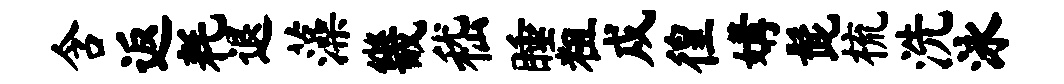
含返耗退藻畿嵇睡粗戍徨媾髭梳洗泳